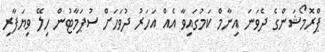
ޕްރޮމޯޝަންގެ ދެވަނަ އިނާމް ކަމުގައިވާ އެއް އަހަރު ދުވަހަށް ސުޕަމާޓުން ހިލޭ ވިޔަފާރި